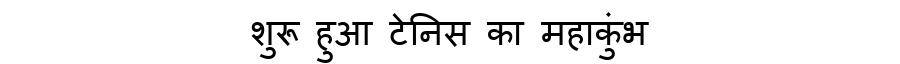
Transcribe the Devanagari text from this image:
शुरू हुआ टेनिस का महाकुंभ